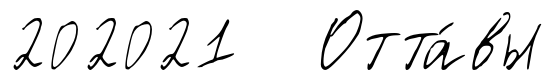
202021 Отта́вы